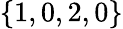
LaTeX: \{ 1,0,2,0\}